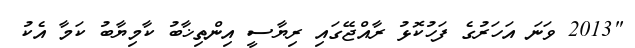
"2013 ވަނަ އަހަރުގެ ފަހުކޮޅު ރާއްޖޭގައި ރިޔާސީ އިންތިޚާބު ކާމިޔާބު ކަމާ އެކު